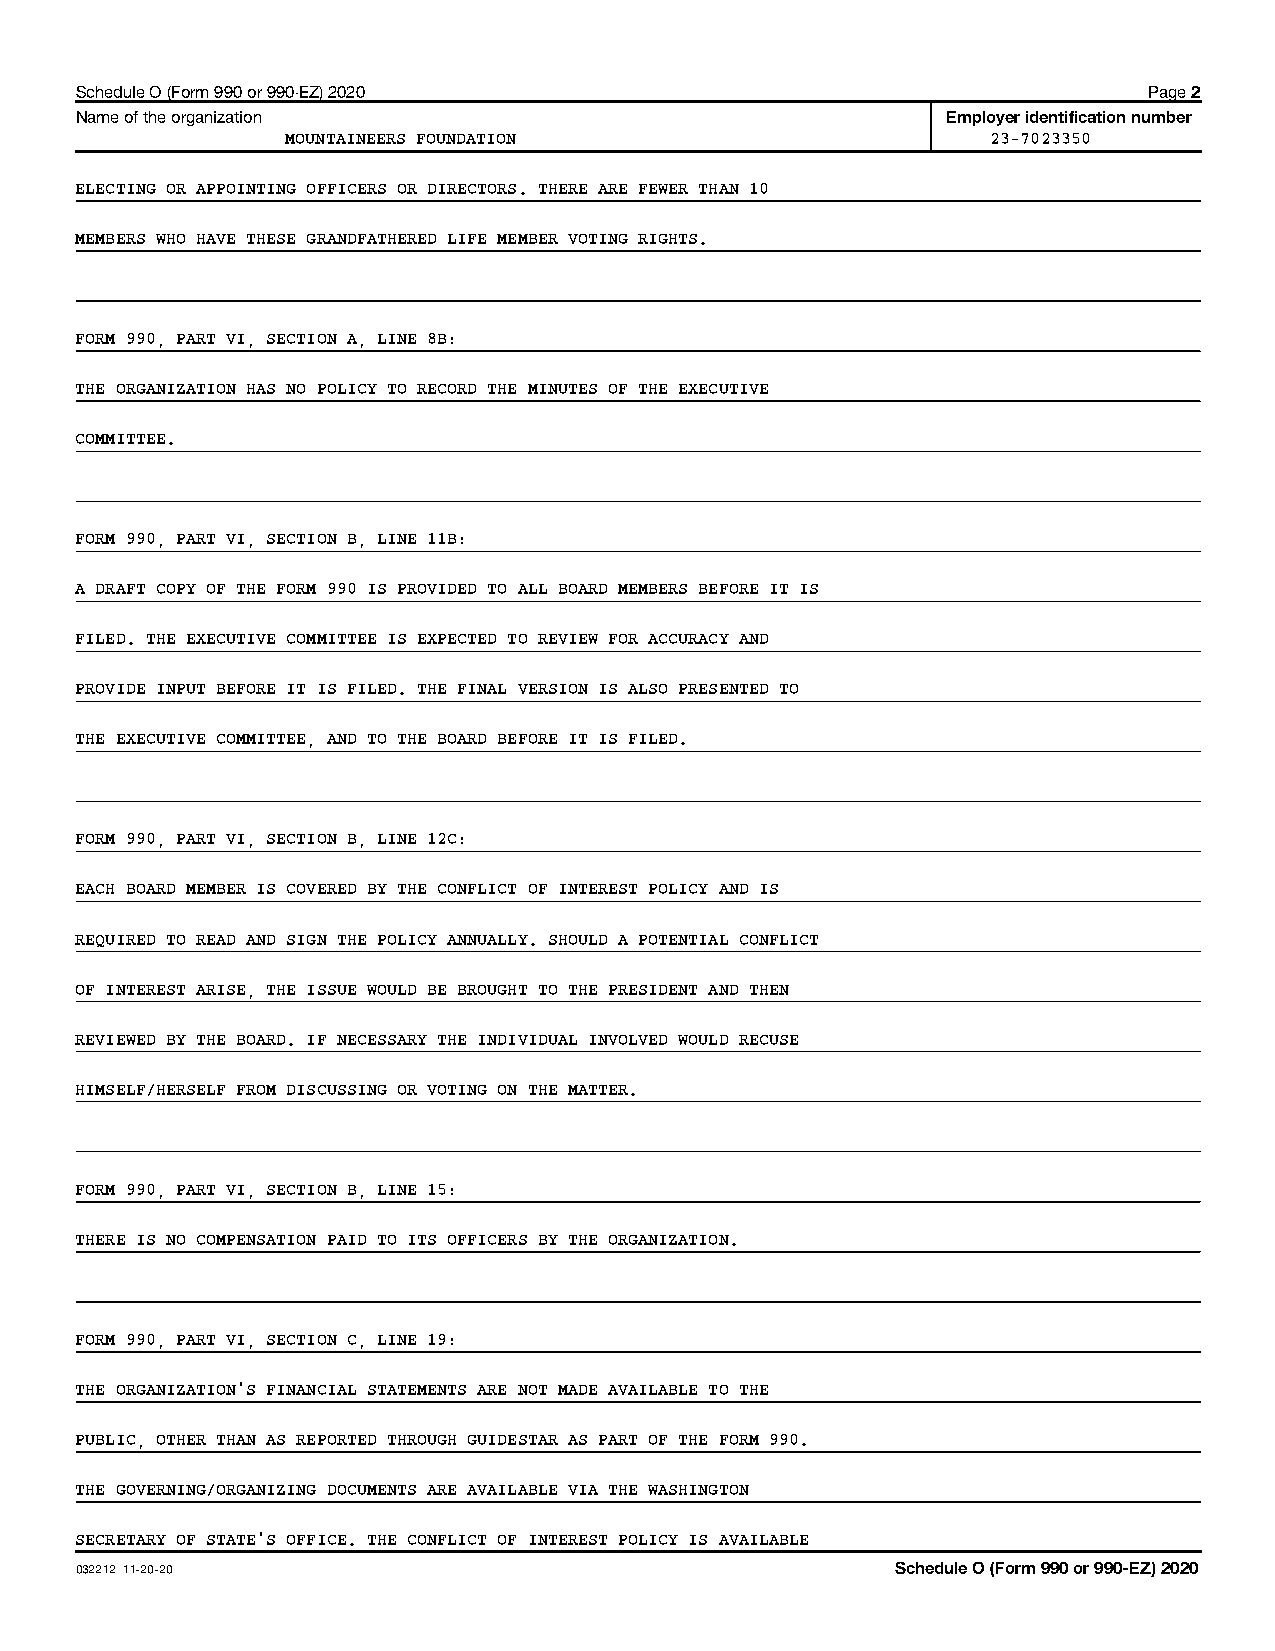
Schedule O (Form 990 or 990-EZ) 2020                                   Page 2
 Name of the organization                                  Employer identification number
 MOUNTAINEERS FOUNDATION                        23-7023350
 ELECTING OR APPOINTING OFFICERS OR DIRECTORS. THERE ARE FEWER THAN 10
 MEMBERS WHO HAVE THESE GRANDFATHERED LIFE MEMBER VOTING RIGHTS.
 FORM 990, PART VI, SECTION A, LINE 8B:
 THE ORGANIZATION HAS NO POLICY TO RECORD THE MINUTES OF THE EXECUTIVE
 COMMITTEE.
 FORM 990, PART VI, SECTION B, LINE 11B:
 A DRAFT COPY OF THE FORM 990 IS PROVIDED TO ALL BOARD MEMBERS BEFORE IT IS
 FILED. THE EXECUTIVE COMMITTEE IS EXPECTED TO REVIEW FOR ACCURACY AND
 PROVIDE INPUT BEFORE IT IS FILED. THE FINAL VERSION IS ALSO PRESENTED TO
 THE EXECUTIVE COMMITTEE, AND TO THE BOARD BEFORE IT IS FILED.
 FORM 990, PART VI, SECTION B, LINE 12C:
 EACH BOARD MEMBER IS COVERED BY THE CONFLICT OF INTEREST POLICY AND IS
 REQUIRED TO READ AND SIGN THE POLICY ANNUALLY. SHOULD A POTENTIAL CONFLICT
 OF INTEREST ARISE, THE ISSUE WOULD BE BROUGHT TO THE PRESIDENT AND THEN
 REVIEWED BY THE BOARD. IF NECESSARY THE INDIVIDUAL INVOLVED WOULD RECUSE
 HIMSELF/HERSELF FROM DISCUSSING OR VOTING ON THE MATTER.
 FORM 990, PART VI, SECTION B, LINE 15:
 THERE IS NO COMPENSATION PAID TO ITS OFFICERS BY THE ORGANIZATION.
 FORM 990, PART VI, SECTION C, LINE 19:
 THE ORGANIZATION'S FINANCIAL STATEMENTS ARE NOT MADE AVAILABLE TO THE
 PUBLIC, OTHER THAN AS REPORTED THROUGH GUIDESTAR AS PART OF THE FORM 990.
 THE GOVERNING/ORGANIZING DOCUMENTS ARE AVAILABLE VIA THE WASHINGTON
 SECRETARY OF STATE'S OFFICE. THE CONFLICT OF INTEREST POLICY IS AVAILABLE
 032212 11-20-20                                       Schedule O (Form 990 or 990-EZ) 2020